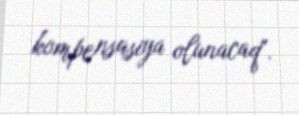
kompensasiya olunacaq".